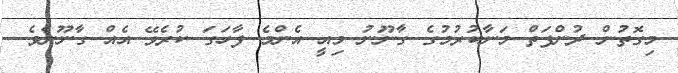
މިގޮތުން ދުންފަތް މަނާކުރުމުގެ ގާނޫނު މިއީ އެންމެ ފާހަގަ ކުރެވޭ އެއް ގާނޫނެވެ.